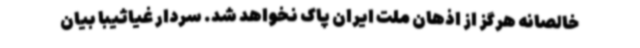
خالصانه هرگز از اذهان ملت ایران پاک نخواهد شد. سردار غیاثیبا بیان